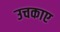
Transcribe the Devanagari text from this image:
उचकाए